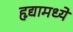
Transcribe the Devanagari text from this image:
हृद्यामध्ये